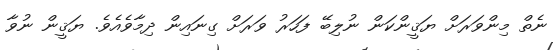
ނެތް މިންވަރަށް ޔަޤީންކަން ނުލިބޭ ފަހަރު ވަރަށް ގިނައިން ދިމާވެއެވެ. ޔަޤީން ނުވާ